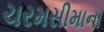
ચરમસીમાના